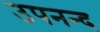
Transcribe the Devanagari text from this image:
उपनन्द